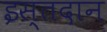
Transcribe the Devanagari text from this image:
इस्तदान